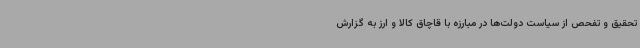
تحقیق و تفحص از سیاست دولت‌ها در مبارزه با قاچاق کالا و ارز به گزارش